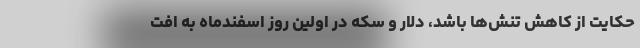
حکایت از کاهش تنش‌ها باشد، دلار و سکه در اولین روز اسفندماه‌ به افت